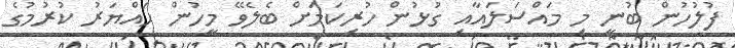
ފުލުހުން ބުނީ މި މައްސަލައާއި ގުޅުން ހުރިކަމަށް ބެލެވޭ މީހުން ހައްޔަރު ކުރުމުގެ